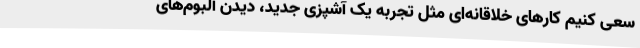
سعی کنیم کارهای خلاقانه‌ای مثل تجربه یک آشپزی جدید، دیدن آلبوم‌های